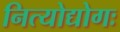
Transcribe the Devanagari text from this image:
नित्योद्योगः